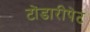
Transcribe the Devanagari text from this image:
टोंडारीपेट